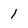
Character: 1